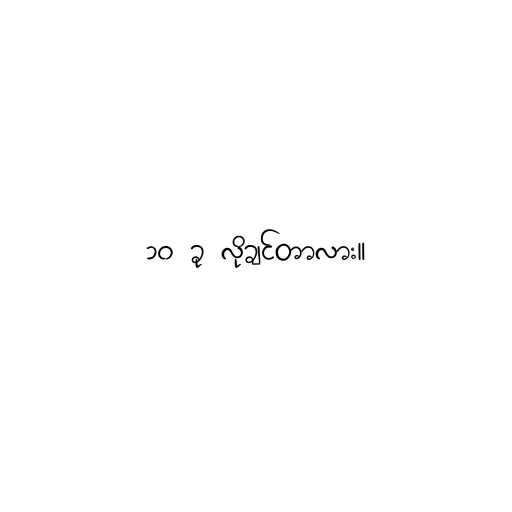
၁၀ ခု လိုချင်တာလား။